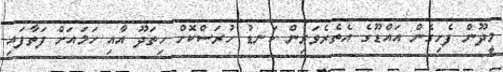
މީދޫން ފެށިގެން އައްޑޫގެ އެތެރެވަރިން ކަނޑު ހުރަސްކޮށް ހިތަދޫ އާއި ހަމައަށް ފަތާފައި